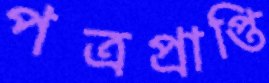
পত্রপ্রাপ্তি